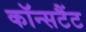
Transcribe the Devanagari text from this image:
कॉन्सटैंट